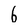
Character: 6